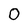
Character: 0